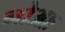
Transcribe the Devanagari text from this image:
नोआः